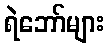
ရဲဘော်များ